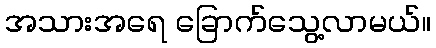
အသားအရေ ခြောက်သွေ့လာမယ်။